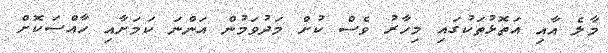
މާލެ އާއި އަތޮޅުތަކުގައި މިހާރު ވެސް ކުށް މަދުވަމުން އަންނަ ކަމަށާއި ހާއްސަކޮށް